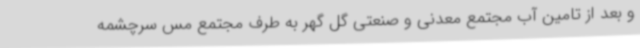
و بعد از تامین آب مجتمع معدنی و صنعتی گل گهر به طرف مجتمع مس سرچشمه